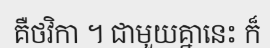
គឺថវិកា ។ ជាមួយគ្នានេះ ក៏